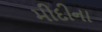
મીદીના